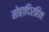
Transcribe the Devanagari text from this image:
मोहादिरहितः